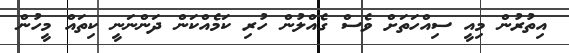
އިތުރުން މިއީ ސިއްހަތަށް ވެސް ގެއްލުން ހުރި ކަމެއްކަން ދަންނަނީ ކިތައް މީހުން